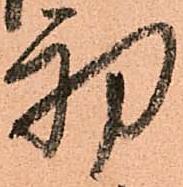
初